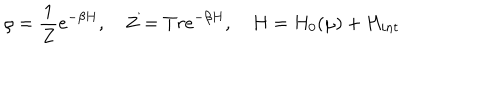
\rho = \frac { 1 } { Z } e ^ { - \beta H } , \quad Z = T r e ^ { - \beta H } , \quad H = H _ { 0 } ( \mu ) + H _ { i n t }